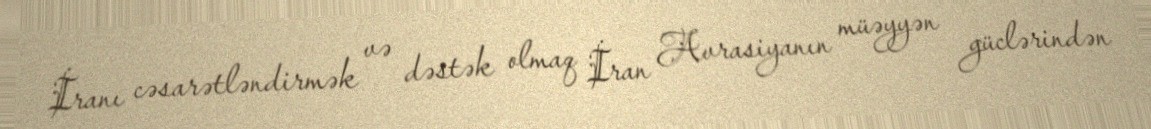
İranı cəsarətləndirmək və dəstək olmaq İran Avrasiyanın müəyyən güclərindən